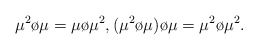
\begin{align*}\mu^{2}\o\mu = \mu\o\mu^{2}, (\mu^{2}\o\mu)\o\mu = \mu^{2}\o\mu^{2}.\end{align*}